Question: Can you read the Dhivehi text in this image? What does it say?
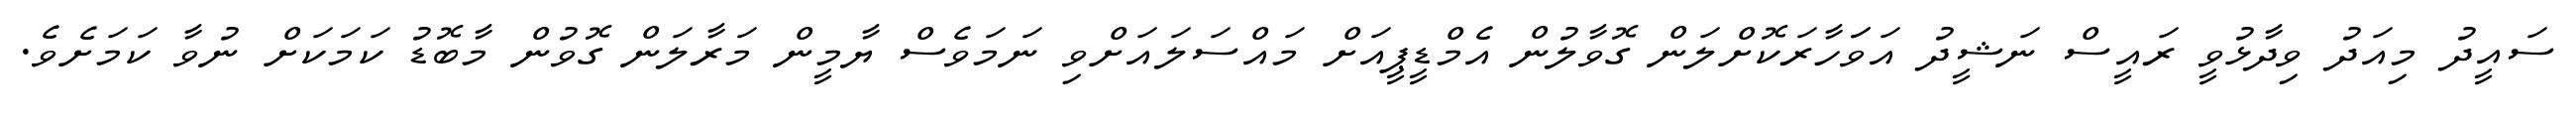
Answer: ސައީދު މިއަދު ވިދާޅުވީ ރައީސް ނަޝީދު އަވަަހާރަކޮށްލަން ގޮވާލުން އެމްޑީޕީއަށް މައްސަލައަށްވި ނަމަވެސް ޔާމީން މަރާލަން ގޮވުން މާބޮޑު ކަމަކަށް ނުވާ ކަމަށެވެ.